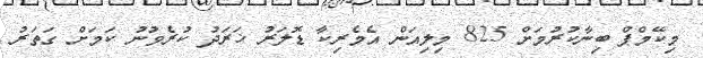
މިކޭމްޕް ބިނާކުރުމަށް 825 މިލިއަން އެމެރިކާ ޑޮލަރު ޚަރަދު ކުރެވުނު ކަމަށް ގަތަރު